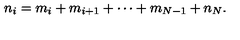
n _ { i } = m _ { i } + m _ { i + 1 } + \cdots + m _ { N - 1 } + n _ { N } .